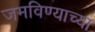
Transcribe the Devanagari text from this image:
जमविण्याच्या